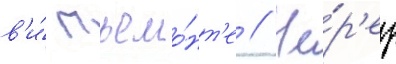
в'и́ пьемо́нт'е // Че́р'ез